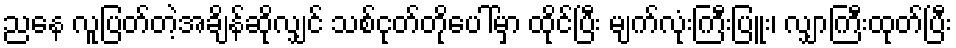
ညနေ လူပြတ်တဲ့အချိန်ဆိုလျှင် သစ်ငုတ်တိုပေါ်မှာ ထိုင်ပြီး မျက်လုံးကြီးပြူး၊ လျှာကြီးထုတ်ပြီး